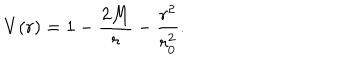
V ( r ) = 1 - \frac { 2 M } { r } - \frac { r ^ { 2 } } { r _ { 0 } ^ { 2 } } .